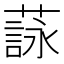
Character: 𦻑